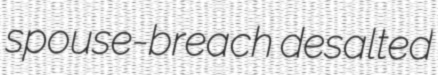
spouse-breach desalted